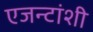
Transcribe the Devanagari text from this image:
एजन्टांशी